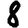
Digit: 8